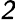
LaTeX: \mathsfit{2}